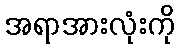
အရာအားလုံးကို